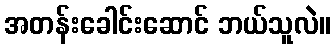
အတန်းခေါင်းဆောင် ဘယ်သူလဲ။